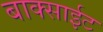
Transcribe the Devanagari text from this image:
बाक्साईट